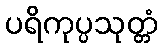
ပရိကုပ္ပသုတ္တံ